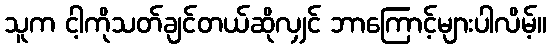
သူက ငါ့ကိုသတ်ချင်တယ်ဆိုလျှင် ဘာကြောင့်များပါလိမ့်။